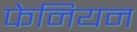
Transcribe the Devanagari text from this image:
फेनियन